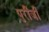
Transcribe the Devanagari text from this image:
पुरीजी